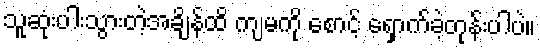
သူဆုံးပါးသွားတဲ့အချိန်ထိ ကျမကို စောင့် ရှောက်ခဲ့တုန်းပါပဲ။